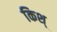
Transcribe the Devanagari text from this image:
किश्